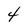
Character: 4